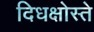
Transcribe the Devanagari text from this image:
दिधक्षोस्ते